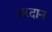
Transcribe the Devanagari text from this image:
ज़रदान